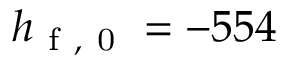
h _ { \mathrm { ~ f ~ , ~ 0 ~ } } = - 5 5 4